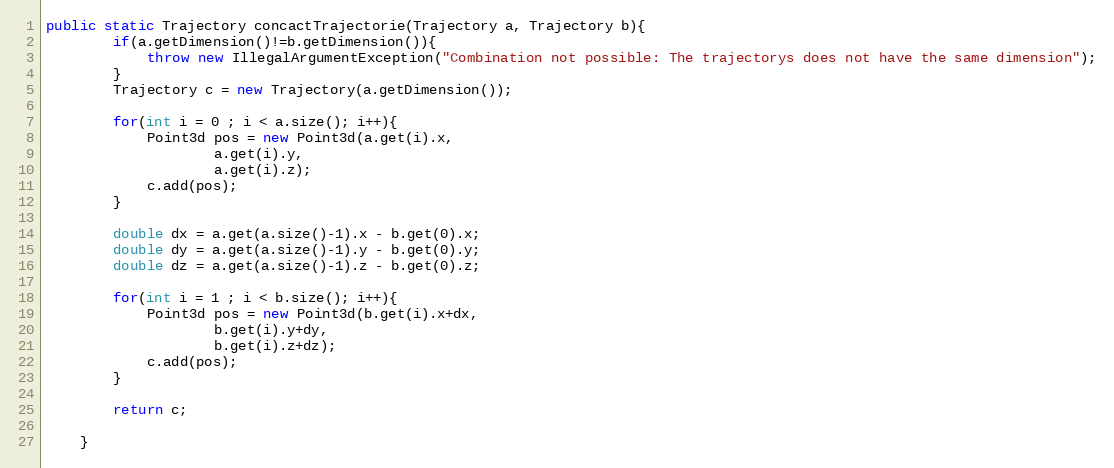
Language: Java
public static Trajectory concactTrajectorie(Trajectory a, Trajectory b){
		if(a.getDimension()!=b.getDimension()){
			throw new IllegalArgumentException("Combination not possible: The trajectorys does not have the same dimension");
		}
		Trajectory c = new Trajectory(a.getDimension());

		for(int i = 0 ; i < a.size(); i++){
			Point3d pos = new Point3d(a.get(i).x,
					a.get(i).y,
					a.get(i).z);
			c.add(pos);
		}

		double dx = a.get(a.size()-1).x - b.get(0).x;
		double dy = a.get(a.size()-1).y - b.get(0).y;
		double dz = a.get(a.size()-1).z - b.get(0).z;

		for(int i = 1 ; i < b.size(); i++){
			Point3d pos = new Point3d(b.get(i).x+dx,
					b.get(i).y+dy,
					b.get(i).z+dz);
			c.add(pos);
		}

		return c;

	}